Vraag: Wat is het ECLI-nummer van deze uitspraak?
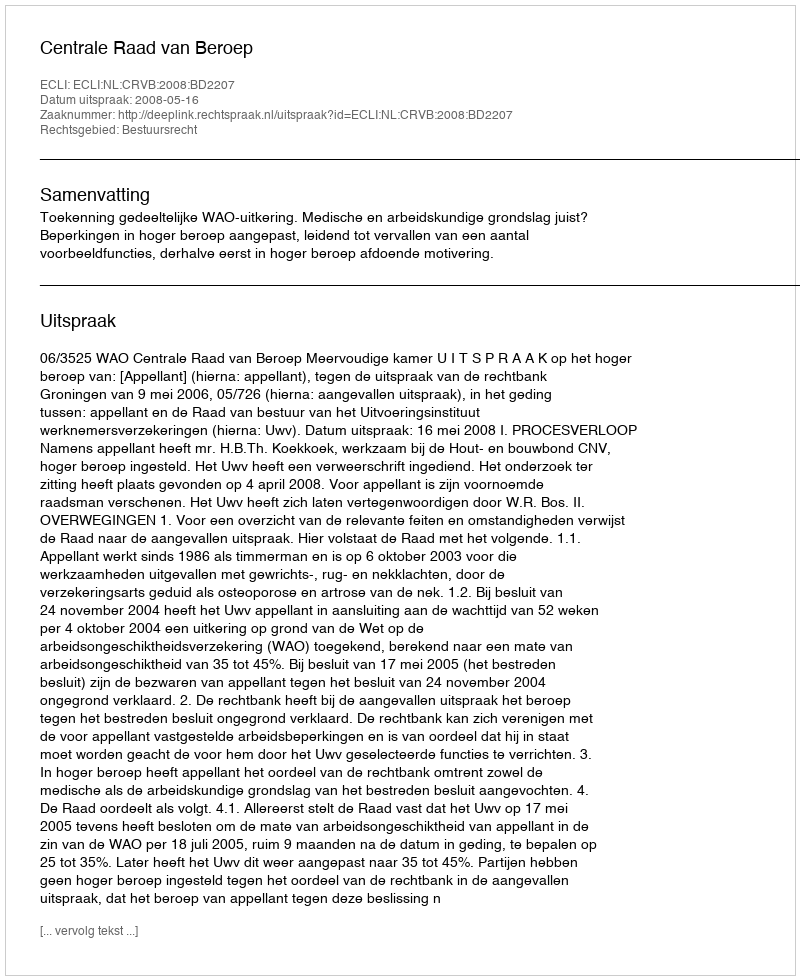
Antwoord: ECLI:NL:CRVB:2008:BD2207